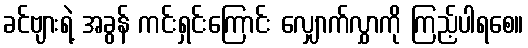
ခင်ဗျားရဲ့ အခွန် ကင်းရှင်းကြောင်း လျှောက်လွှာကို ကြည့်ပါရစေ။